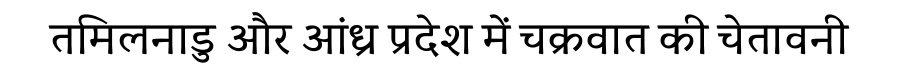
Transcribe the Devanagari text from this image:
तमिलनाडु और आंध्र प्रदेश में चक्रवात की चेतावनी